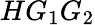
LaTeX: HG_{1}G_{2}